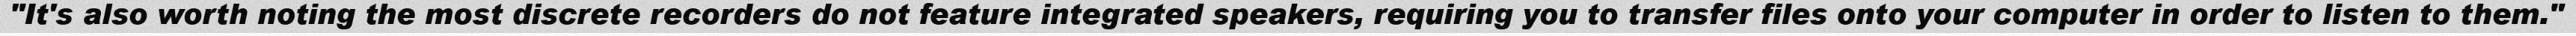
"It's also worth noting the most discrete recorders do not feature integrated speakers, requiring you to transfer files onto your computer in order to listen to them."